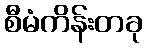
စီမံကိန်းတခု